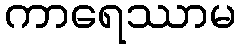
ကာရေဿာမ